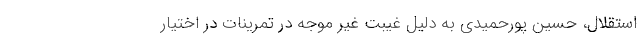
استقلال، حسین پورحمیدی به دلیل غیبت غیر موجه در تمرینات در اختیار